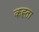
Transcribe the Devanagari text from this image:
कह्ता